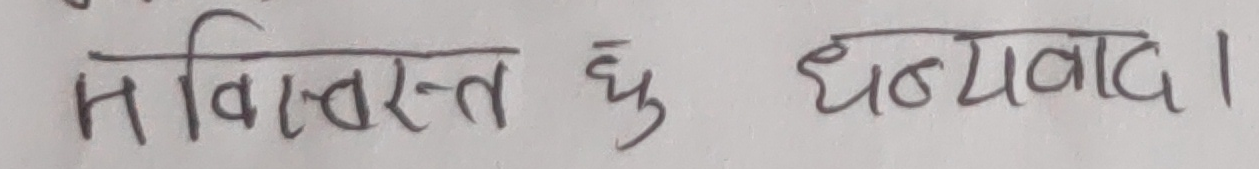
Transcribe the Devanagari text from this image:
म विस्तृत छु । धन्यवाद ।